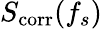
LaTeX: S_{\mathrm{corr}}(f_{s})